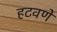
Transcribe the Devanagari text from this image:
हटवणे